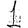
Digit: 1